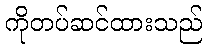
ကိုတပ်ဆင်ထားသည်